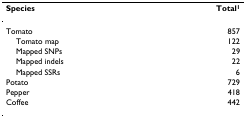
| Species | Total1 |
 | --- | --- |
 | Tomato | 857 |
 | Tomato map | 122 |
 | Mapped SNPs | 29 |
 | Mapped indels | 22 |
 | Mapped SSRs | 6 |
 | Potato | 729 |
 | Pepper | 418 |
 | Coffee | 442 |